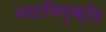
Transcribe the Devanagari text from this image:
नशाविमुक्ति